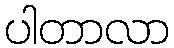
ပါတာလာ